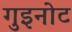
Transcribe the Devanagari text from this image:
गुइनोट